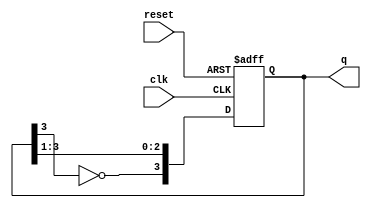
module JohnsonCounter #(
    parameter N = 4 // Parameter for bit-width of the counter
) (
    input wire clk,        // Clock input
    input wire reset,      // Asynchronous reset input
    output reg [N-1:0] q   // Output of the counter
);

    // Register for the Johnson counter
    reg [N-1:0] state;

    // State transition logic
    always @(posedge clk or posedge reset) begin
        if (reset) begin
            // Initialize state to all zeros on reset
            state <= {N{1'b0}};
        end else begin
            // Shift right and feedback inverted last bit
            state <= {~state[N-1], state[N-1:1]};
        end
    end
    
    // Output assignment
    always @(state) begin
        q <= state;
    end

endmodule